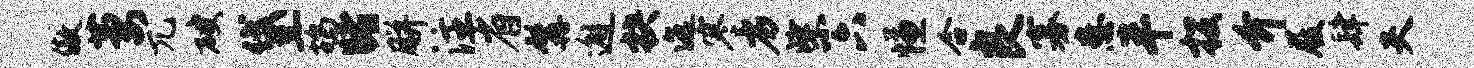
傲萋兀破黛鸪睹胼注省髯邂抉迤寒劣柴六慊合良寡患半投介屐肆夫